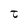
Character: t